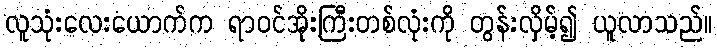
လူသုံးလေးယောက်က ရာဝင်အိုးကြီးတစ်လုံးကို တွန်းလှိမ့်၍ ယူလာသည်။